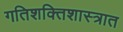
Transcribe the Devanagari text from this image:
गतिशक्तिशास्त्रात